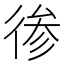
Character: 𱝳